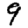
Digit: 9